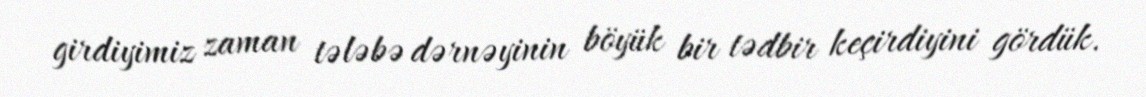
girdiyimiz zaman tələbə dərnəyinin böyük bir tədbir keçirdiyini gördük.